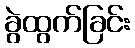
ခွဲထွက်ခြင်း